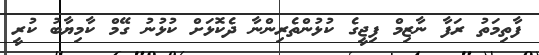
ފާތިމަތު ރަފާ ނާޒިމް ފިޖީގެ ކުޅުންތެރިންނާ ދެކޮޅަށް ކުޅުނު ގޭމް ކާމިޔާބު ކުރީ